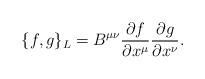
LaTeX: \begin{align*}\{f,g\}_{L}=B^{\mu\nu}\frac{\partial f}{\partial x^\mu}\frac{\partial g}{\partial x^\nu}.\end{align*}